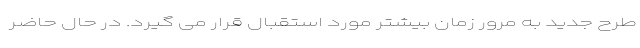
طرح جدید به مرور زمان بیشتر مورد استقبال قرار می گیرد. در حال حاضر